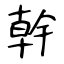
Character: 幹